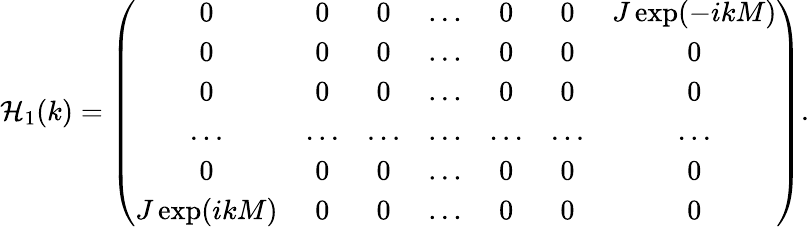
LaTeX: \mathcal{H}_{1}(k)=\left(\begin{array}{ccccccc}{0}&{0}&{0}&{...}&{0}&{0}&{J\exp(-ikM)}\\ {0}&{0}&{0}&{...}&{0}&{0}&{0}\\ {0}&{0}&{0}&{...}&{0}&{0}&{0}\\ {...}&{...}&{...}&{...}&{...}&{...}&{...}\\ {0}&{0}&{0}&{...}&{0}&{0}&{0}\\ {J\exp(ikM)}&{0}&{0}&{...}&{0}&{0}&{0}\end{array}\right).